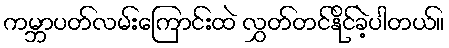
ကမ္ဘာပတ်လမ်းကြောင်းထဲ လွှတ်တင်နိုင်ခဲ့ပါတယ်။